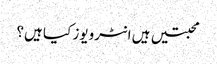
محبتیں ہیں انٹرویوز کیا ہیں؟